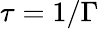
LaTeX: \tau=1/\Gamma